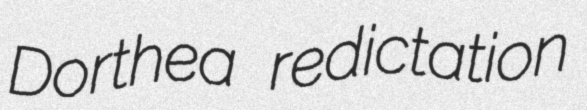
Dorthea redictation